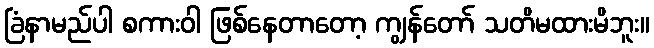
ခြံနာမည်ပါ စကားဝါ ဖြစ်နေတာတော့ ကျွန်တော် သတိမထားမိဘူး။